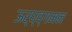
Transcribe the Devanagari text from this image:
ऊर्घ्व्गमन